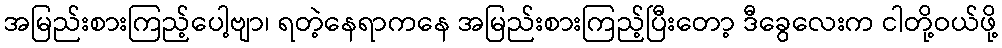
အမြည်းစားကြည့်ပေါ့ဗျာ၊ ရတဲ့နေရာကနေ အမြည်းစားကြည့်ပြီးတော့ ဒီခွေလေးက ငါတို့ဝယ်ဖို့